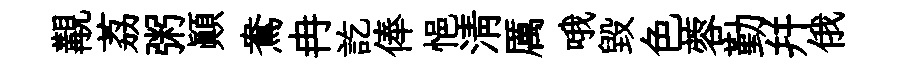
覯荔粥顚鴦冉訖俸悒清厲哦毀色蓉勤幷俄